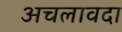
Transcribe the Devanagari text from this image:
अचलावदा